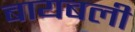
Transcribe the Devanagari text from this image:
बायबली